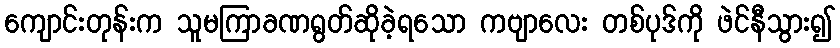
ကျောင်းတုန်းက သူမကြာခဏရွတ်ဆိုခဲ့ရသော ကဗျာလေး တစ်ပုဒ်ကို ဖဲင်နီသွား၍